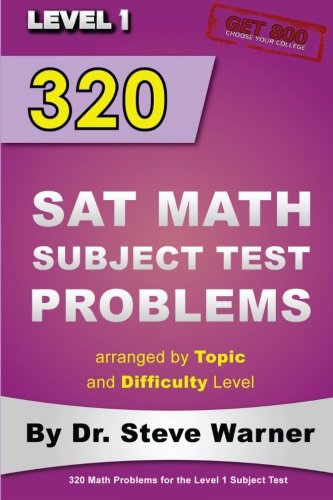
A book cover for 320 SAT Math Subject Test Problems arranged by Topic and Difficulty Level  - Level 1: 160 Questions with Solutions, 160 Additional Questions with Answers; Steve Warner; Test Preparation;